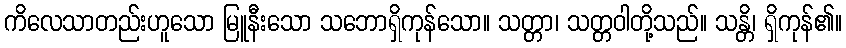
ကိလေသာတည်းဟူသော မြူနီးသော သဘောရှိကုန်သော။ သတ္တာ၊ သတ္တဝါတို့သည်။ သန္တိ၊ ရှိကုန်၏။